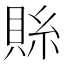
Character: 𮚄